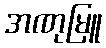
အဏုမြူ